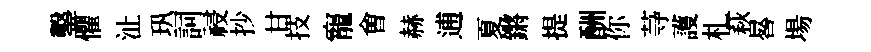
鑿懼沚㺬詞祲抄甘技寵㑹赫逋夏鏘提酬你䒭護札萩晷場